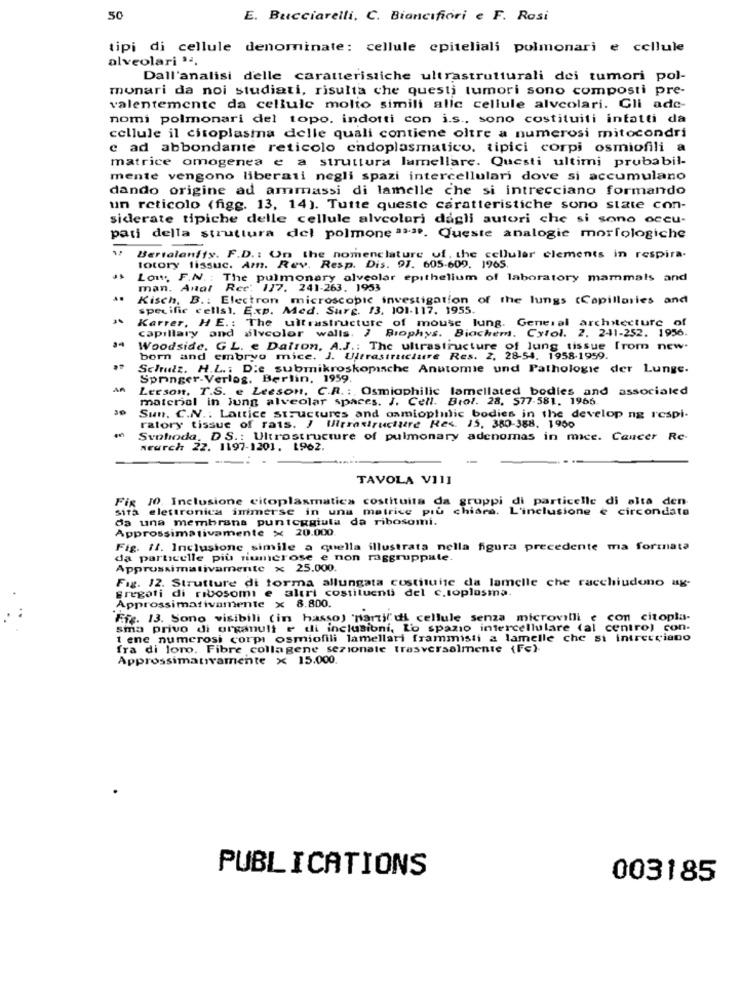
50
E. Bucciarelli. C. Biancifiori e F. Rosi
tipi di cellule denominate: cellule epiteliali polmonari e cellule
alveolari ' -.
Dall'analisi delle caratteristiche ultrastrutturali dei tumori pol-
monari da noi studiati, risulta che questi tumori sono composti pre-
valentemente da cellule molto simili allc cellule alveolari. Gli ade-
nomi polmonari del topo, indotti con i.s ., sono costituiti infatti da
cellule il citoplasma delle quali contiene oltre a numerosi mitocondri
e ad abbondante reticolo endoplasmatico, tipici corpi osmiofili a
matrice omogenea e a struttura lamellare. Questi ultimi prubabil-
mente vengono liberati negli spazi intercellulari dove si accumulano
dando origine ad ammassi di lamelle che si intrecciano formando
un reticolo (figg. 13, 14). Tutte queste caratteristiche sono state con-
siderate tipiche delle cellule alvcolori dagli autori che si sono occu-
pati della struttura del polmone asso. Queste analogie morfologiche
Bertalanffy. F.D .: On the nomenclature of the cellular clements in respira-
totory fissuc. Am. Rev. Resp. Dis. 97. 605-609. 1965.
Low. F.N. : The pulmonary alveolar epithelium of laboratory mammals and
man. Anal Ree: 117. 241-263. 1953
Kisch, B .: Electron microscopic investigation of the lungs (Capillaries and
specific cells), Exp. Med. Surg. 13, 101-117. 1955.
Karrer, HE .: The ultrastructure of mouse lung. General architecture of
capillary and alvcolor walls. ) Biophys. Biochem. Cxlol. 2. 241-252. 1956.
Woodside. GL. e Datron, A.J .: The ultrastructure of lung tissue [rom new.
born and embryo mice. J. Ultrastructure Res. 2. 28-54. 1958-1959.
Schudz. H.L .: D.e submikroskopische Anatomie und Pathologie der Lunge.
Springer-Verlag, Berlin, 1959.
AA
Lerson, T.S. e Leeson, C.R. :, Osmiophilic lamellated bodies and associaled
materiel in Jung alveolar spaces. J. Cell. Brol. 28, 577-581. 1966.
Sun. C.N .: Lattice structures and oamioplulic bodies in the develop ng respi-
ratory tissue of rats. J Uitrastructure Res. 15. 380-388. 1900
Svoboda, DS .: Ultrostructure of pulmonary adenomas in mice. Cancer Re-
neurch 22. 1197-1201. 1962.
TAVOLA VI11
Fig 10. Inclusione citoplasmatica costituita da gruppi di particelle di alta den
Sità elettronica immerse in una matrice più chiara. L'inclusione e circondata
da una membrana punteggiuta da ribosomi.
Approssimativamente x 20.000.
Fig. Il. Inclusione simile a quella illustrata nella figura precedente ma formata
da particelle più numerose e non raggruppate.
Approssimativamente x 25.000.
Fig. 12. Strutture di forma allungata costituite da lamelle che racchiudono ug-
gregati di ribosomi e altri costituenti del c.toplasma.
Approssimativamente x 8.800.
Ffg. 13. Sono visibili (in hasso) "nartif di cellule senza microvilli e con citopla-
sma privo di organuli e di inclusioni, Lo spazio intercellulare (al centro) con-
t ene numerosi corpi osmiofili lamellari frammisti a lamelle che si intrecciano
fra di loro. Fibre collagene sezionale trasversalmente (Fc)-
Approssimativamente x 15.000.
PUBLICATIONS
003185